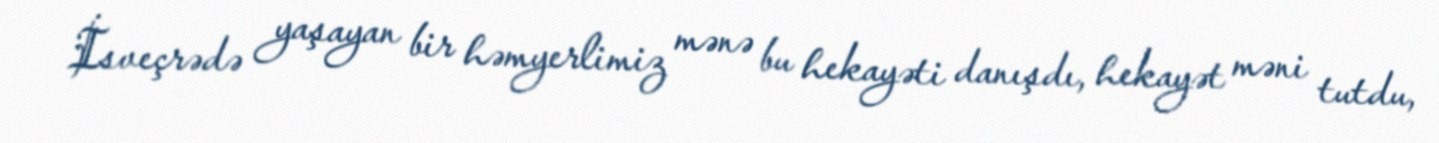
İsveçrədə yaşayan bir həmyerlimiz mənə bu hekayəti danışdı, hekayət məni tutdu,